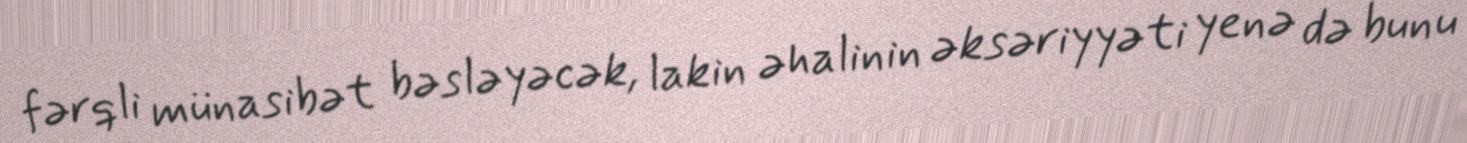
fərqli münasibət bəsləyəcək, lakin əhalinin əksəriyyəti yenə də bunu